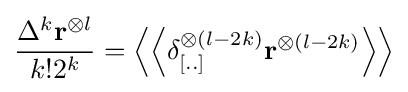
{\frac {\Delta ^{k}\mathbf {r} ^{\otimes l}}{k!2^{k}}}=\left\langle \left\langle \delta _{[..]}^{\otimes (l-2k)}\mathbf {r} ^{\otimes (l-2k)}\right\rangle \right\rangle